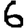
Digit: 6